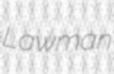
Lawman